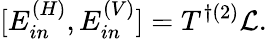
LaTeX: [E_{in}^{(H)},E_{in}^{(V)}]=T^{\dagger(2)}\mathcal{L}.